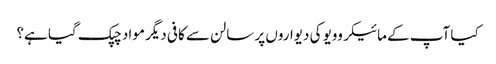
کیا آپ کے مائیکروویو کی دیواروں پر سالن سے کافی دیگر مواد چپک گیا ہے؟